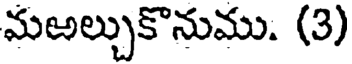
మఱల్చుకొనుము. (3)